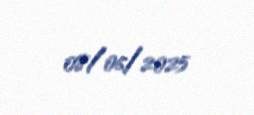
08/06/2025